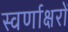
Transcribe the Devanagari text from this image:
स्‍वर्णाक्षरों